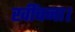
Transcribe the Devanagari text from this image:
खींचना।